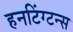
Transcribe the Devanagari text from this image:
हनटिंग्टन्स